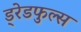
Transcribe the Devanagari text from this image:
ड्रेडफुल्स